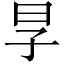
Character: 㫗